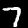
Digit: 7